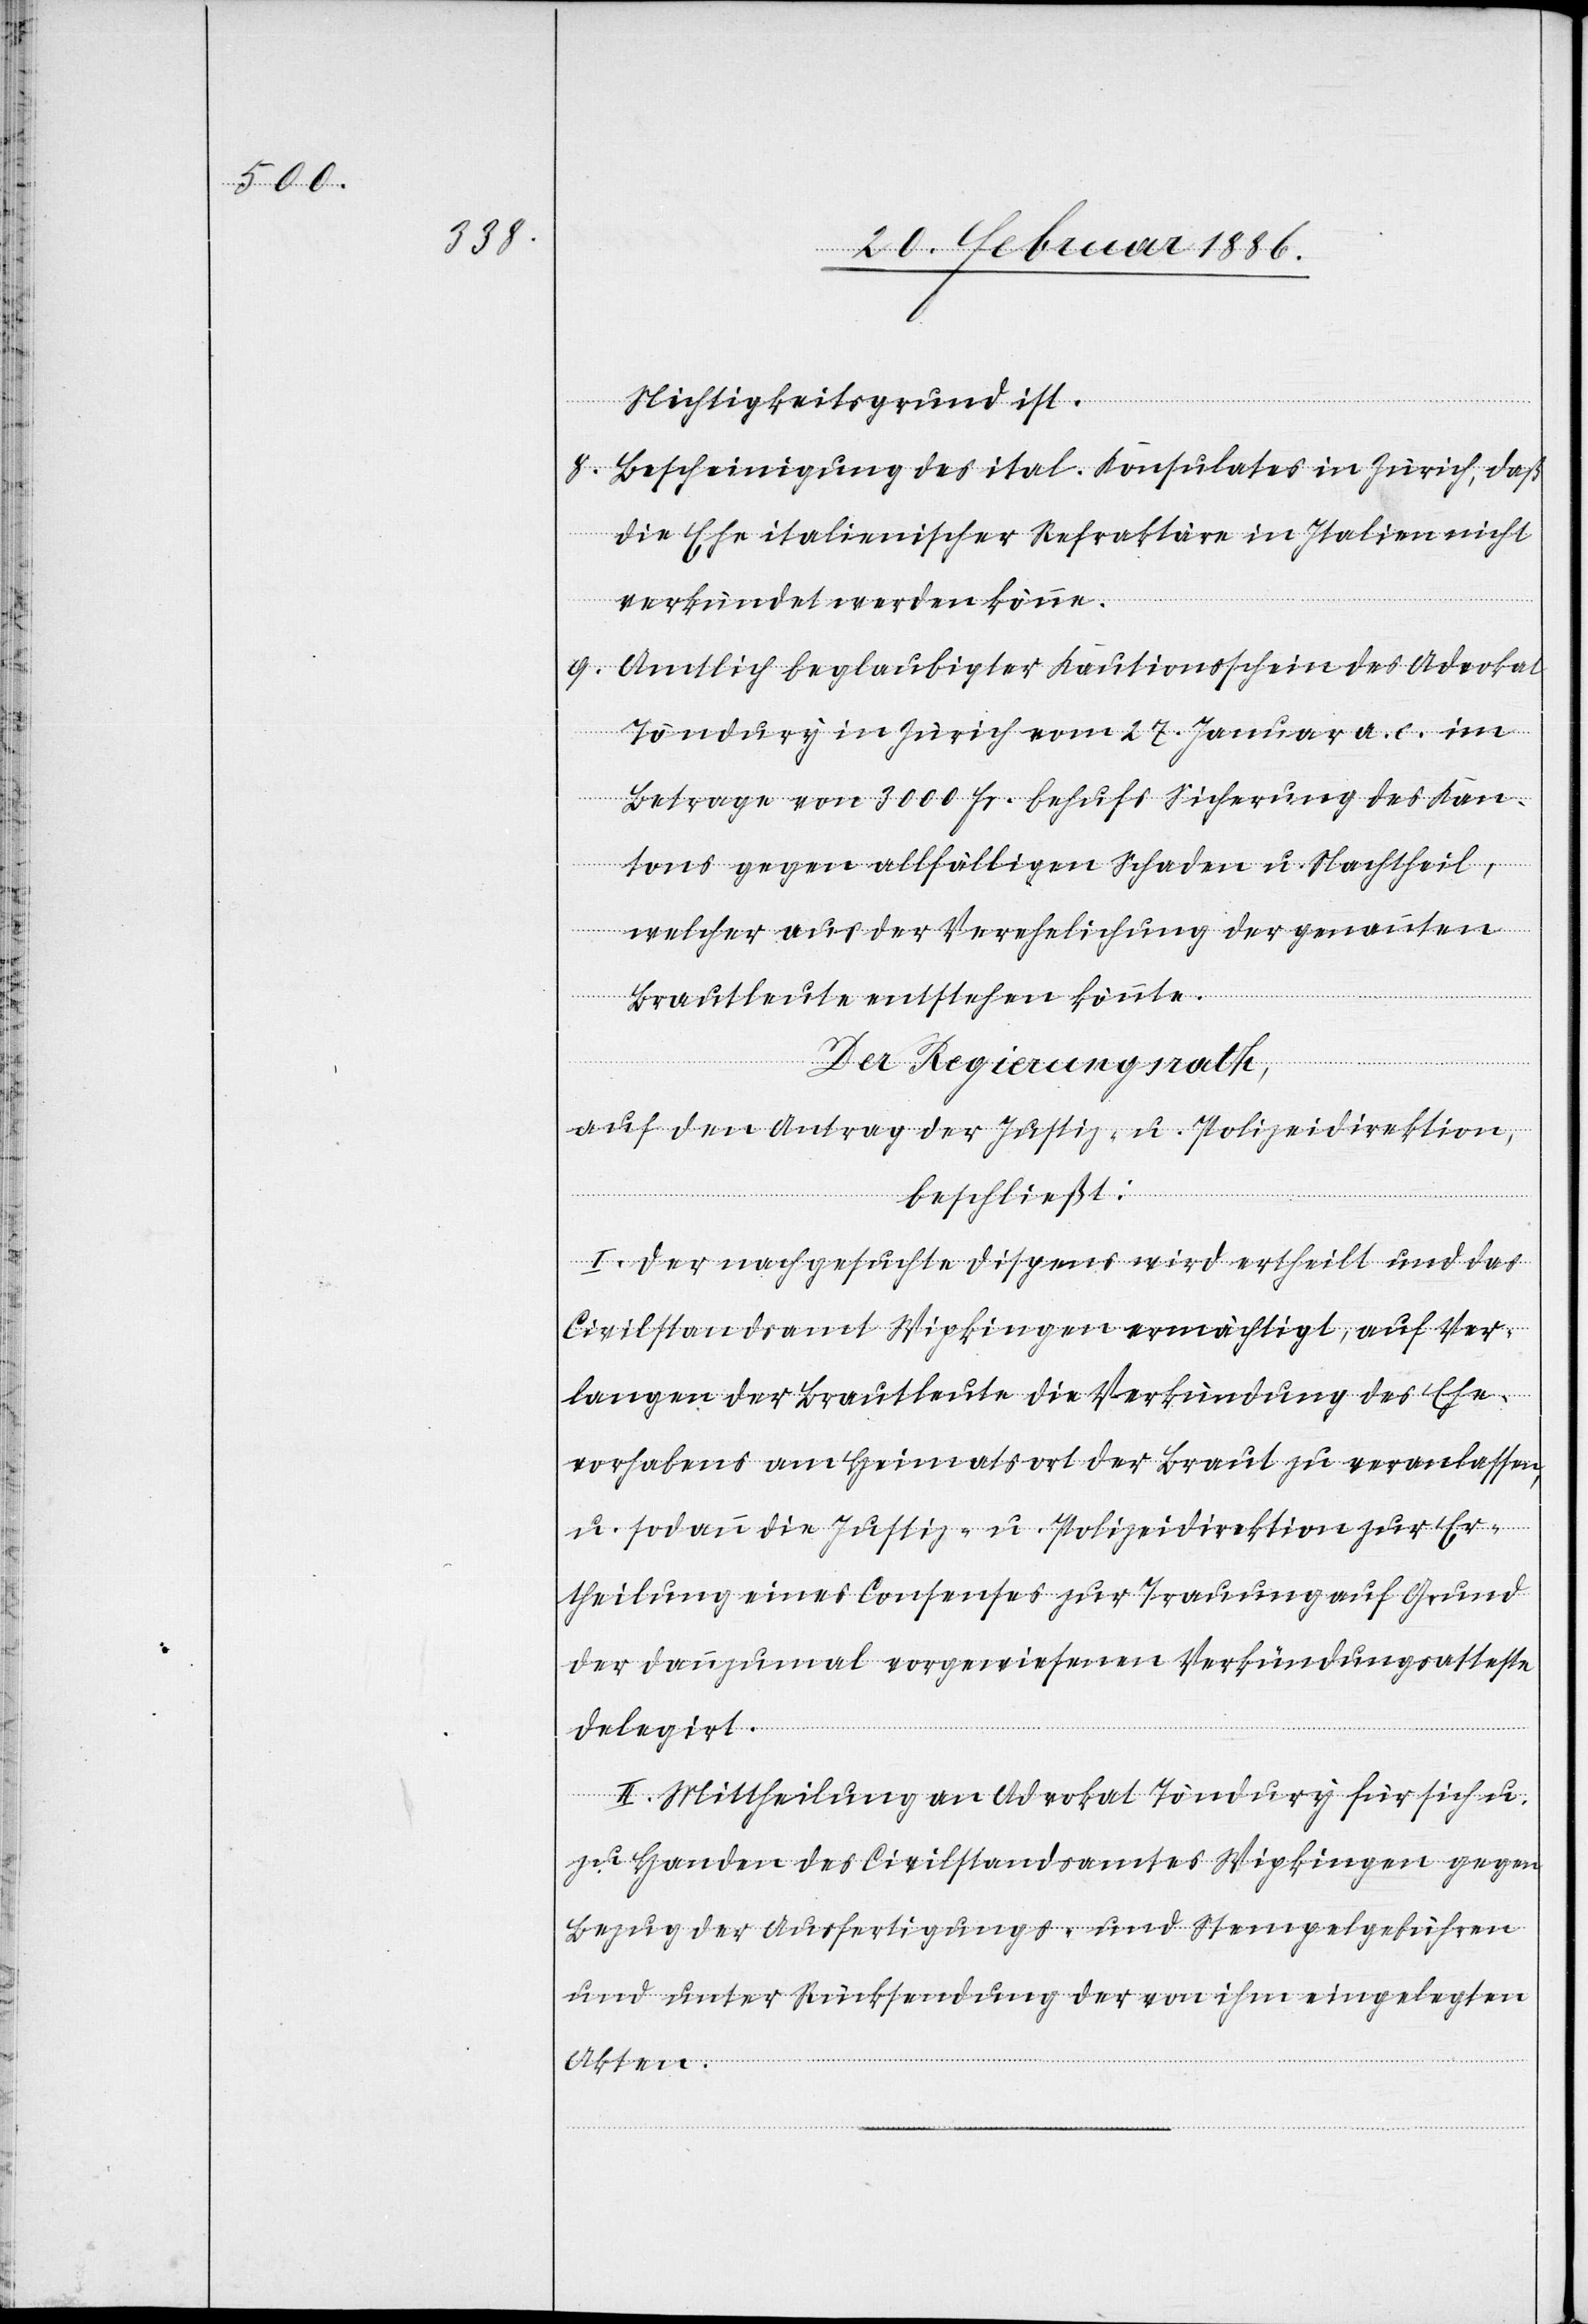
Nichtigkeitsgrund ist.
8.
Bescheinigung des ital. Konsulates in Zürich, daß
die Ehe italienische Refraktäre in Italien nicht
verkündet werden könne.
Amtlich beglaubigter Kautionsschein des Advokat
9.
Töndury in Zürich vom 27. Januar a. c. im
Betrage von 3000 Fr. behufs Sicherung des Kan¬
tons gegen allfälligen Schaden u. Nachtheil,
welcher aus der Verehelichung der genannten
Brautleute entstehen könnte.
Der Regierungsrath,
auf den Antrag der Justiz- u. Polizeidirektion,
beschließt:
I. Der nachgesuchte Dispens wird ertheilt und das
Civilstandsamt Wipkingen ermächtigt, auf Ver¬
langen der Brautleute die Verkündung des Ehe¬
vorhabens am Heimatsort der Braut zu veranlassen,
u. sodann die Justiz- u. Polizeidirektion zur Er¬
theilung eines Consenses zur Trauung auf Grund
der dannzumal vorgewiesenen Verkündungsatteste
delegirt.
II. Mittheilung an Advokat Töndury für sich u.
zu Handen des Civilstandsamtes Wipkingen gegen
Bezug der Ausfertigungs- und Stempelgebühren
und unter Rücksendung der von ihm eingelegten
Akten.